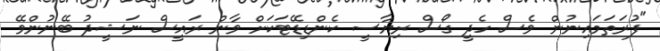
"ފުރަތަމައިނުން ވެސް ހެދީ ގޯސް ރިޔާސީ ކެންޑިޑޭޓަކަށް ވާން ރައީސް ނަޝީދު ބޭނުންވޭ